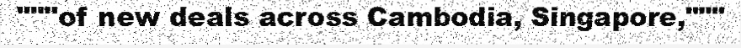
"""of new deals across Cambodia, Singapore,"""